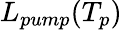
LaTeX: L_{pump}(T_{p})